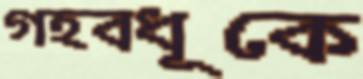
গহবধূকে